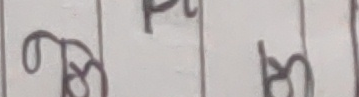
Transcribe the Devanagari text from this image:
ण्ढ प ठ